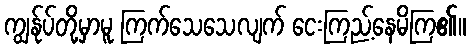
ကျွန်ုပ်တို့မှာမူ ကြက်သေသေလျက် ငေးကြည့်နေမိကြ၏။